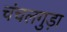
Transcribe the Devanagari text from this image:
चंचलगुड़ा